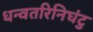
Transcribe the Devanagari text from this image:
धन्वतरिनिघंटु